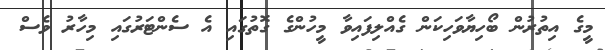
މީގެ އިތުރުން ބޯހިޔާވަހިކަން ގެއްލިފައިވާ މީހުންގެ ގޮތުގައި އެ ސެންޓަރުގައި މިހާރު ވެސް